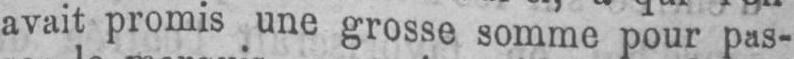
avait promis une grosse somme pour pas-